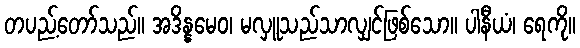
တပည့်တော်သည်။ အဒိန္နမေဝ၊ မလှူသည်သာလျှင်ဖြစ်သော။ ပါနီယံ၊ ရေကို။